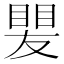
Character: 𥈫